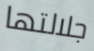
جلالتها